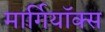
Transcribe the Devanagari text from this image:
मार्गियॉक्स